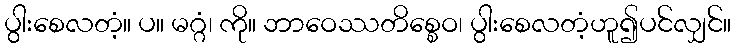
ပွါးစေလတံ့။ ပ။ မဂ္ဂံ၊ ကို။ ဘာဝေဿတိစ္စေဝ၊ ပွါးစေလတံ့ဟူ၍ပင်လျှင်။